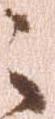
之